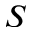
S